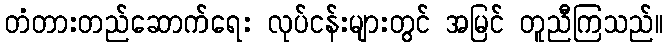
တံတားတည်ဆောက်ရေး လုပ်ငန်းများတွင် အမြင် တူညီကြသည်။